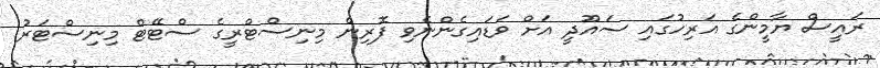
ރައީސް ޔާމީންގެ އަރިހުގައި ސައޫދީ އަށް ވަޑައިގެންނެވި ފޮރިން މިނިސްޓްރީގެ ސްޓޭޓް މިނިސްޓަރު